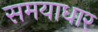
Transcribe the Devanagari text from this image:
समयाधार